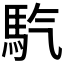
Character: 𩡹